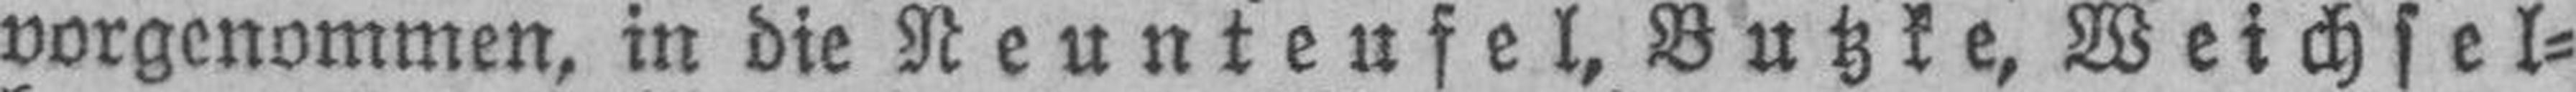
vorgenommen, in die Neunteufel, Butzke, Weichsel¬